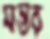
মন্তর